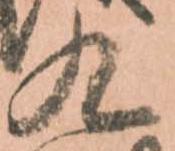
九